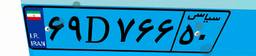
۶۹D۷۶۶۵۰